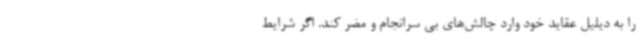
را به دیلیل عقاید خود وارد چالش‌های بی سرانجام و مضر کند. اگر شرایط